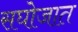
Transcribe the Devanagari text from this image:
सघोजात